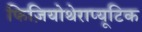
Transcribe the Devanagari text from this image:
फिज़ियोथेराप्यूटिक